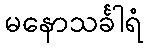
မနောသင်္ခါရံ